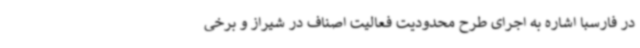
در فارسبا اشاره به اجرای طرح محدودیت فعالیت اصناف در شیراز و برخی